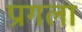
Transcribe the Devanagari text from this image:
प्रागला